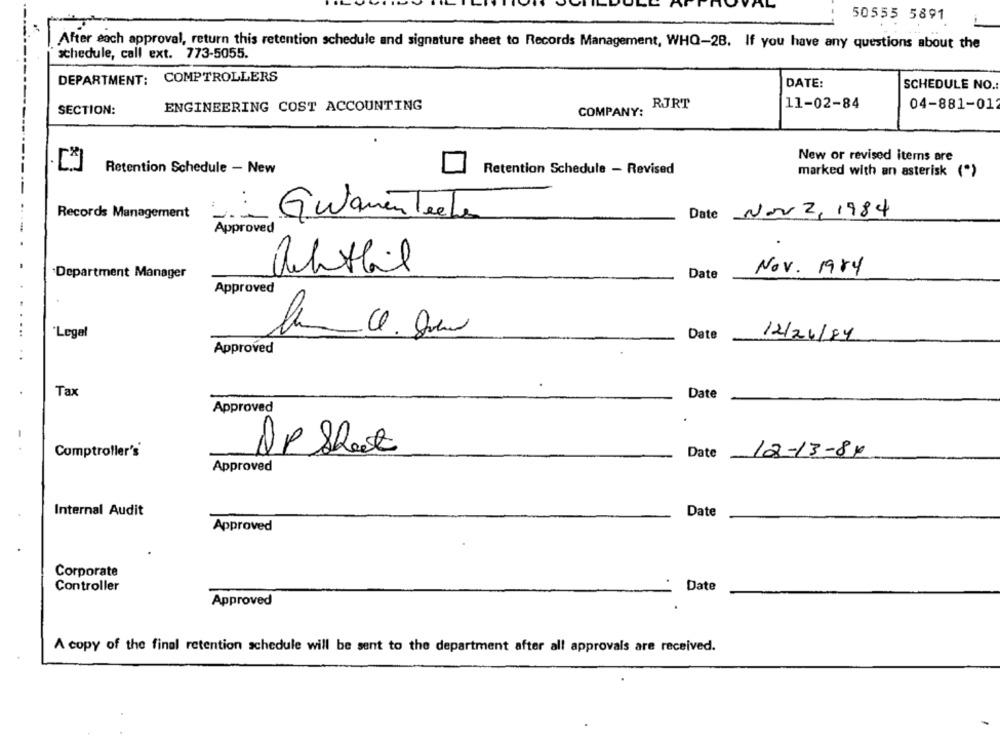
AL
50555 5891
After each approval, return this retention schedule and signature sheet to Records Management, WHO-28. If you have any questions about the
schedule, call ext. 773-5055.
DEPARTMENT: COMPTROLLERS
DATE:
SCHEDULE NO .:
SECTION:
ENGINEERING COST ACCOUNTING
COMPANY:
RJRT
11-02-84
04-881-012
New or revised items are
Retention Schedule - New
Retention Schedule - Revised
marked with an asterisk (*)
Records Management
Guamenteche
Date Nov 2, 1984
Approved
Department Manager
achtbil
Date
Nov. 1984
Approved
....
"Legal
lahmac.com
Date
12/24/84
Approved
Tax
Date
Approved
Comptroller's
AP Shot
12-13-84
Date
Approved
Internal Audit
Date
Approved
Corporate
Date
Controller
Approved
A copy of the final retention schedule will be sent to the department after all approvals are received.